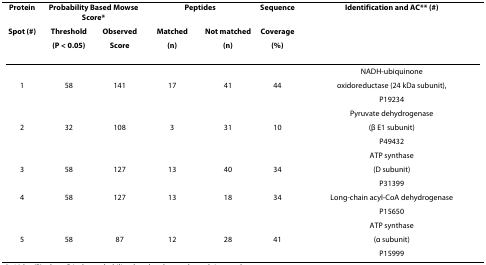
<table><thead><tr><td><b>Protein</b></td><td colspan="2"><b>Probability Based Mowse Score*</b></td><td colspan="2"><b>Peptides</b></td><td><b>Sequence</b></td><td><b>Identification and AC** (#)</b></td></tr><tr><td><b>Spot (#)</b></td><td><b>Threshold</b></td><td><b>Observed</b></td><td><b>Matched</b></td><td><b>Not matched</b></td><td><b>Coverage</b></td><td></td></tr><tr><td></td><td><b>(P &lt; 0.05)</b></td><td><b>Score</b></td><td><b>(n)</b></td><td><b>(n)</b></td><td><b>(%)</b></td><td></td></tr></thead><tbody><tr><td></td><td></td><td></td><td></td><td></td><td></td><td>NADH-ubiquinone</td></tr><tr><td>1</td><td>58</td><td>141</td><td>17</td><td>41</td><td>44</td><td>oxidoreductase (24 kDa subunit),</td></tr><tr><td></td><td></td><td></td><td></td><td></td><td></td><td>P19234</td></tr><tr><td></td><td></td><td></td><td></td><td></td><td></td><td>Pyruvate dehydrogenase</td></tr><tr><td>2</td><td>32</td><td>108</td><td>3</td><td>31</td><td>10</td><td>(β E1 subunit)</td></tr><tr><td></td><td></td><td></td><td></td><td></td><td></td><td>P49432</td></tr><tr><td></td><td></td><td></td><td></td><td></td><td></td><td>ATP synthase</td></tr><tr><td>3</td><td>58</td><td>127</td><td>13</td><td>40</td><td>34</td><td>(D subunit)</td></tr><tr><td></td><td></td><td></td><td></td><td></td><td></td><td>P31399</td></tr><tr><td>4</td><td>58</td><td>127</td><td>13</td><td>18</td><td>34</td><td>Long-chain acyl-CoA dehydrogenase</td></tr><tr><td></td><td></td><td></td><td></td><td></td><td></td><td>P15650</td></tr><tr><td></td><td></td><td></td><td></td><td></td><td></td><td>ATP synthase</td></tr><tr><td>5</td><td>58</td><td>87</td><td>12</td><td>28</td><td>41</td><td>(α subunit)</td></tr><tr><td></td><td></td><td></td><td></td><td></td><td></td><td>P15999</td></tr></tbody></table>